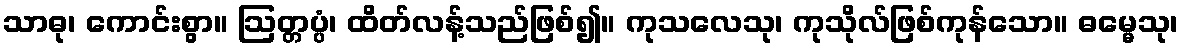
သာဓု၊ ကောင်းစွာ။ ဩတ္တပ္ပံ၊ ထိတ်လန့်သည်ဖြစ်၍။ ကုသလေသု၊ ကုသိုလ်ဖြစ်ကုန်သော။ ဓမ္မေသု၊